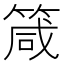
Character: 箴